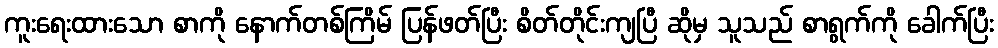
ကူးရေးထားသော စာကို နောက်တစ်ကြိမ် ပြန်ဖတ်ပြီး စိတ်တိုင်းကျပြီ ဆိုမှ သူသည် စာရွက်ကို ခေါက်ပြီး